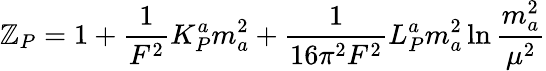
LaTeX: \mathbb{Z}_{P}=1+\frac{{1}}{{F^{2}}}K_{P}^{a}m_{a}^{2}+\frac{{1}}{{16\pi^{2}F^{2}}}L_{P}^{a}m_{a}^{2}\ln\frac{{m_{a}^{2}}}{{\mu^{2}}}